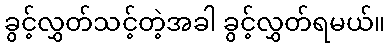
ခွင့်လွှတ်သင့်တဲ့အခါ ခွင့်လွှတ်ရမယ်။